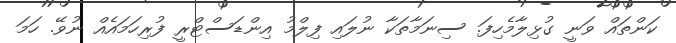
ކަންތައް ވަނީ ގުޅިލާމެހިފަ. ސިނަމާތަކާ ނުލައި ފިލްމު އިންޑަސްޓްރީ ފުރިހަމައެއް ނުވޭ. ހަމަ